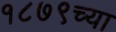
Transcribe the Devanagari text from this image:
१८७९च्या